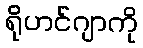
ရိုဟင်ဂျာကို